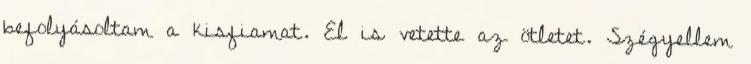
befolyásoltam a kisfiamat. El is vetette az ötletet. Szégyellem